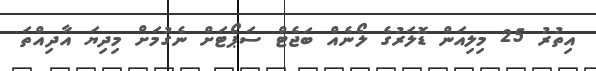
އިތުރު 25 މިލިއަން ޑޮލަރުގެ ލޯނެއް ބަޖެޓް ސަޕޯޓަށް ނެގުމަށް މިދިޔަ އާދިއްތަ